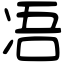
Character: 𠗐